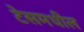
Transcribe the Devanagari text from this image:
टेसमधील